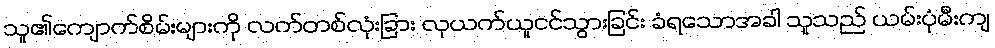
သူ၏ကျောက်စိမ်းများကို လက်တစ်လုံးခြား လုယက်ယူငင်သွားခြင်း ခံရသောအခါ သူသည် ယမ်းပုံမီးကျ